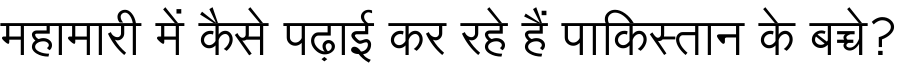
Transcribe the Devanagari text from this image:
महामारी में कैसे पढ़ाई कर रहे हैं पाकिस्तान के बच्चे?